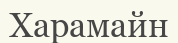
Харамайн